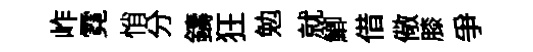
岞霓悄分鑄狂勉就鯽借儆膝爭